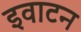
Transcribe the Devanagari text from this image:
इवाटन